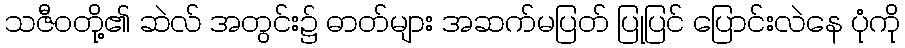
သဇီဝတို့၏ ဆဲလ် အတွင်း၌ ဓာတ်များ အဆက်မပြတ် ပြုပြင် ပြောင်းလဲနေ ပုံကို